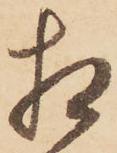
相